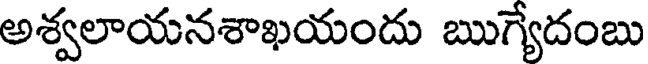
అశ్వలాయనశాఖయందు ఋగ్యేదంబు